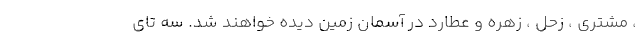
، مشتری ، زحل ، زهره و عطارد در آسمان زمین دیده خواهند شد. سه تای